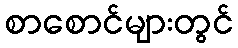
စာစောင်များတွင်